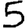
Digit: 5